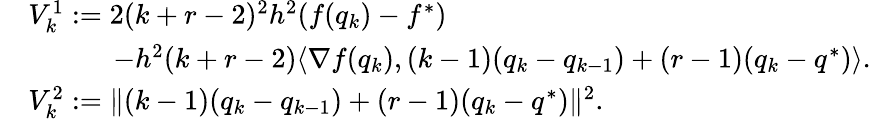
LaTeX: \begin{array}{rl}&{V_{k}^{1}:=2(k+r-2)^{2}h^{2}(f(q_{k})-f^{*})}\\ &{\quad\quad\quad-h^{2}(k+r-2)\langle\nabla f(q_{k}),(k-1)(q_{k}-q_{k-1})+(r-1)(q_{k}-q^{*})\rangle.}\\ &{V_{k}^{2}:=\| (k-1)(q_{k}-q_{k-1})+(r-1)(q_{k}-q^{*})\| ^{2}.}\end{array}